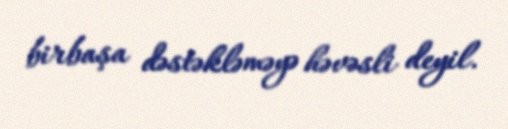
birbaşa dəstəkləməyə həvəsli deyil.